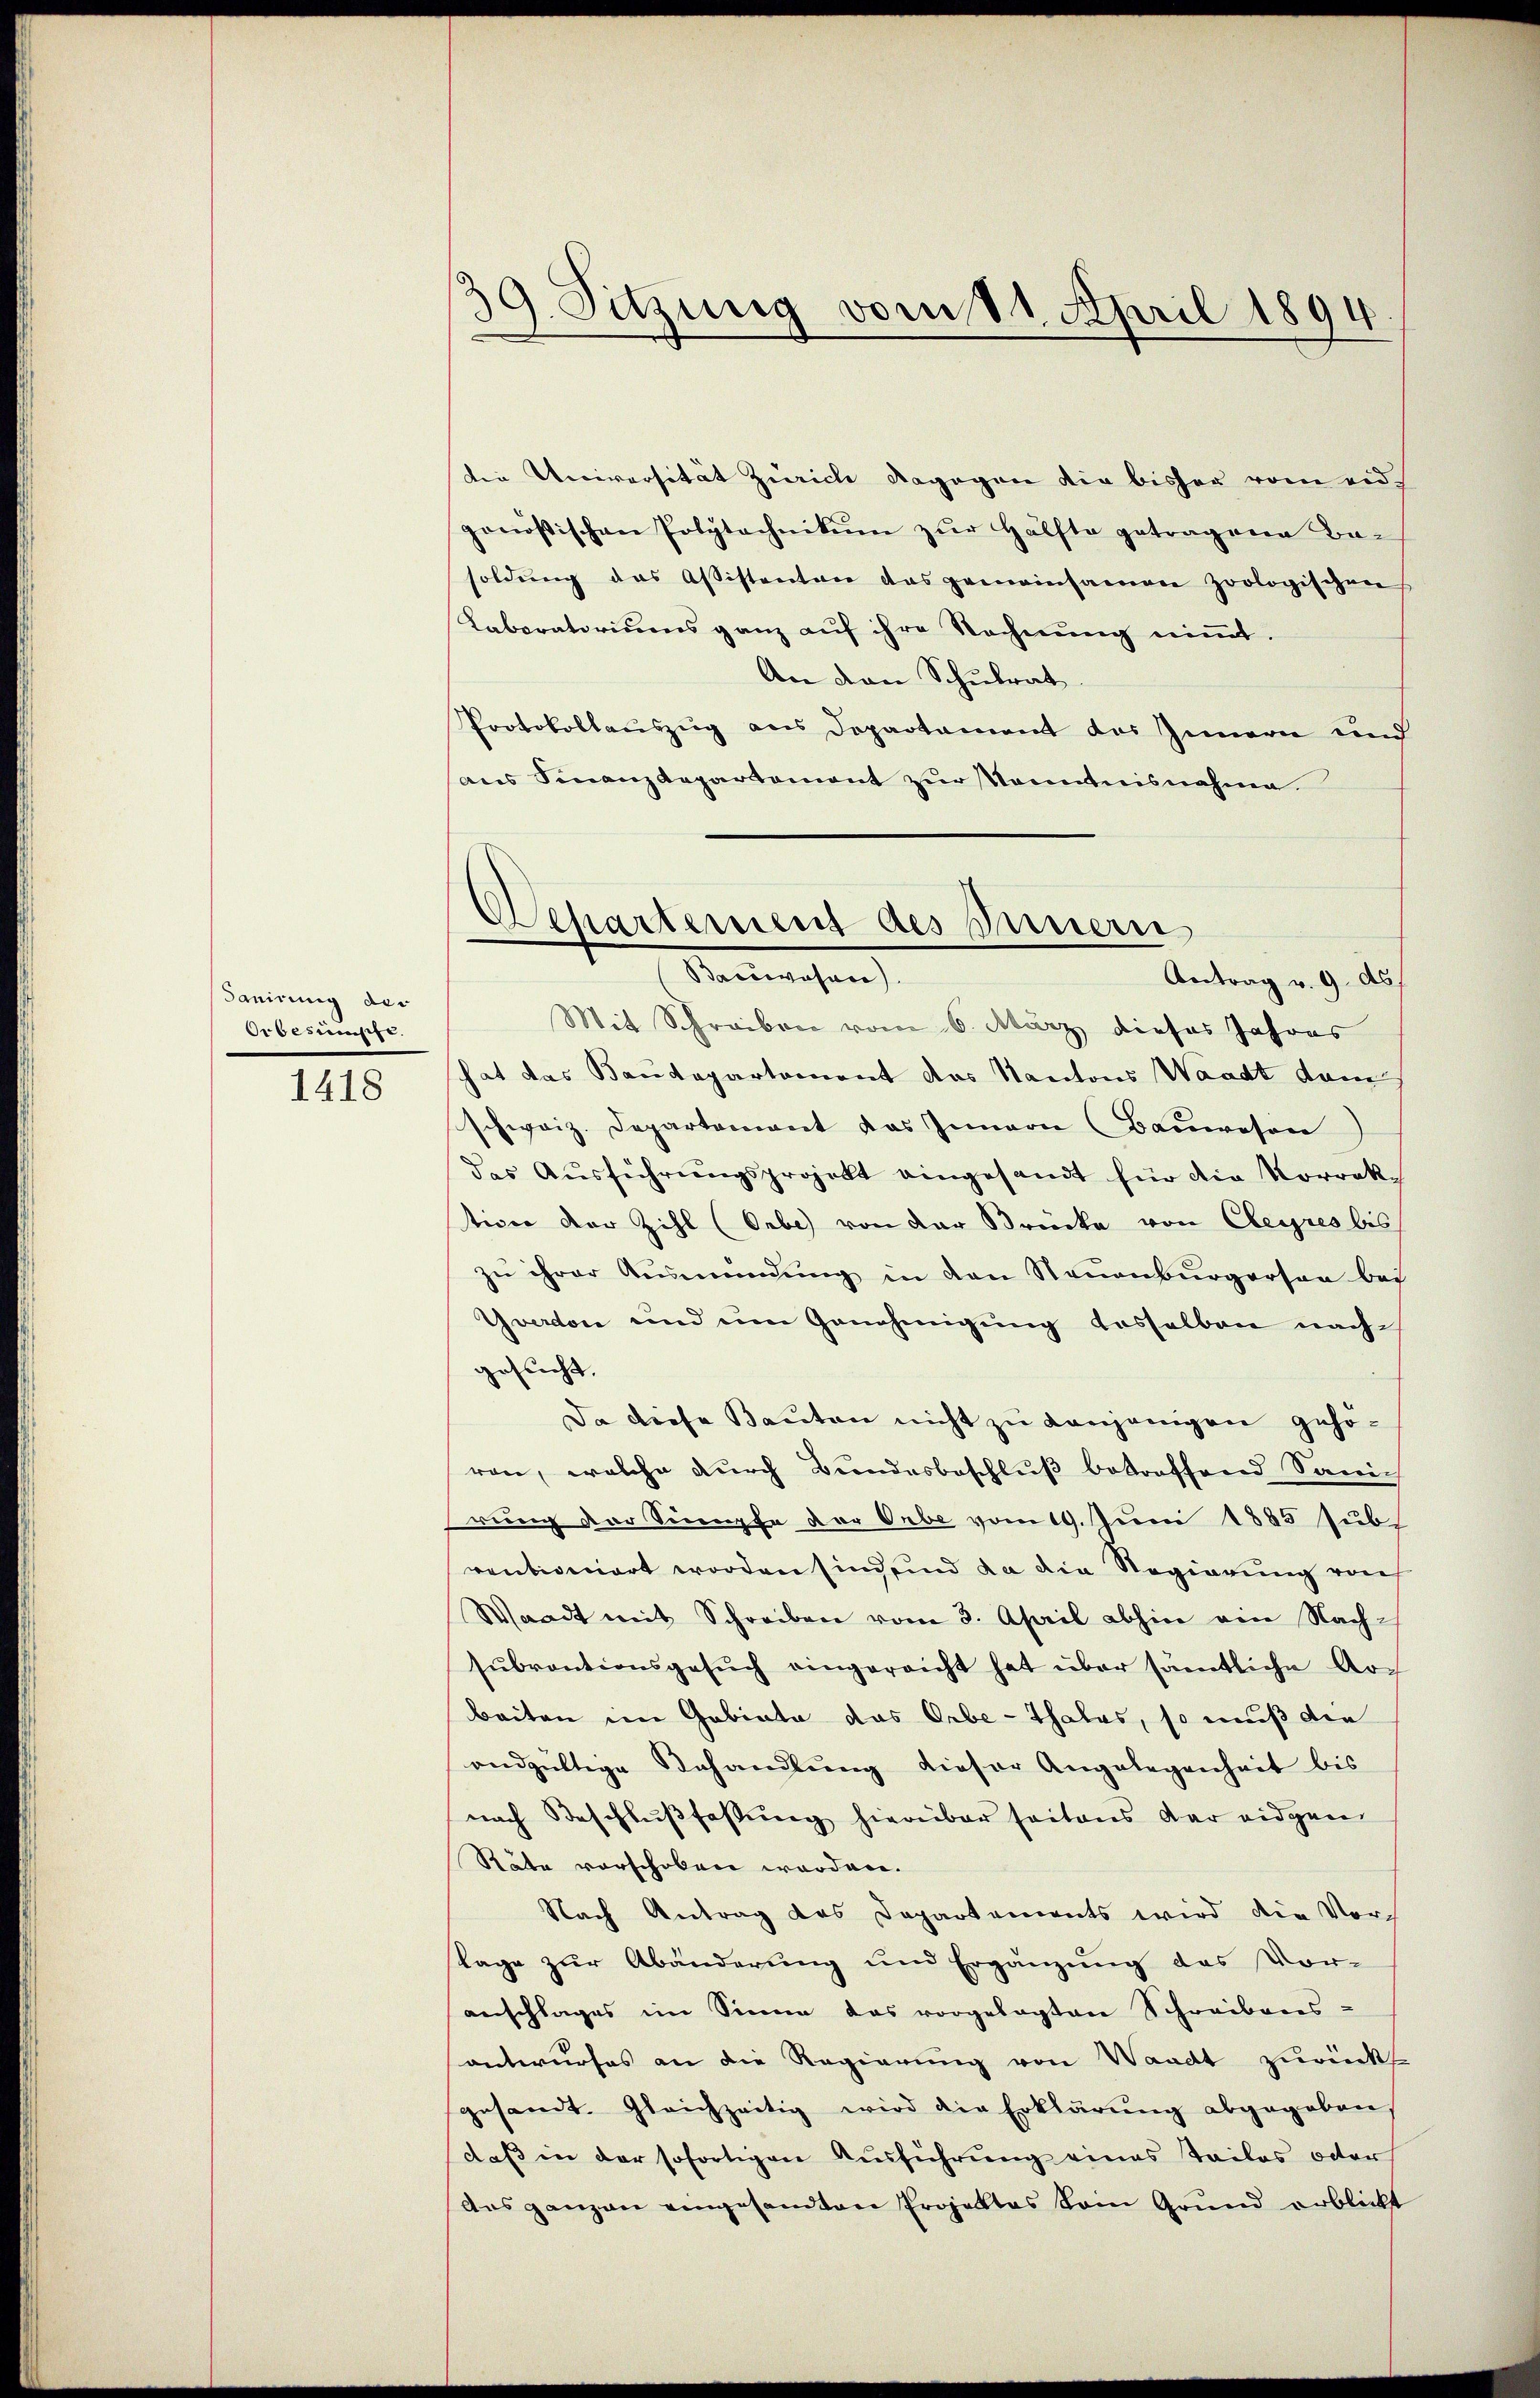
danirung der
Orbesasse.

1418

39. Sitzung vom 11. April 1894

Der Reciversität Zürich dagegen die bisher vom eid.
ganostischen Polytechnikum zŭr Hälfte getragene Be-
soldung das Assistenten das gemeinsamen zoologischen
Laboratoriums ganz auf ihre Rechnung nimmt.
An den Schulrat.
Protokollauszug aus Departament des Innern und
aus Finanzdepartement zur Kenntnisnahme
Mit Schreiben vom 6. März dieses Jahres
hat das Baudepartement das Kantons Waadt dam
schweiz. Departement das Innern (Baŭwesen
das Aŭsführŭngsprojekt eingesandt für die Korrek-
tion vor Zihl (Orbe) von der Brücke von Cleyres bis
zu ihrer Ausmündung in den Neuenburgerson bei
Yverdon und im Genehmigung desselben nach-
gesucht.
Da diese Bauten nicht zu denjenigen gehören, welche durch Bundesbeschluß betreffend Sanich
rung der Sinnpfe der Orbe vom 19. Juni 1885 subs
ventioniert worden sind sind da die Regierung von
Waadt mit Schreiben vom 3. April abhin ein Nach-
sŭbrantionsgesŭch eingereicht hat über samtliche Ar-
beiten im Gabiata das Orbe-Thalas, so muß der
andgültige Behandlung dieser Angelegenheit bis
nach Beschlußfassung hierüber seitens der eidgen
Räte vorschoben worden.
Nach Antrag des Departements wird die Vorstage zur Abänderung und Ergänzung des Vor-
anschlages im Sinne das vorgelegten Schreibens-
antwurfes an die Regierung von Waadt zurückt.
gesamt. Gleichzeitig wird die Erklärŭng abgegeben,
daβ in der sofortigen Ausführung eines Teiles oder
das ganzen eingesandten Projektes kein Grund erblickt

Separtement des Innern
Bacciasan
Antrag v. 9. ds.